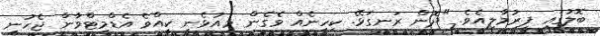
ބޮލުގައި ފިރުމާލިއެވެ. "ދޮން ރަނގަޅޭ. ކިހިނެއް ވެގެން މިއުޅެނީ ކީއްވެ އެޑްމިޓްވާން ޖެހުނީ